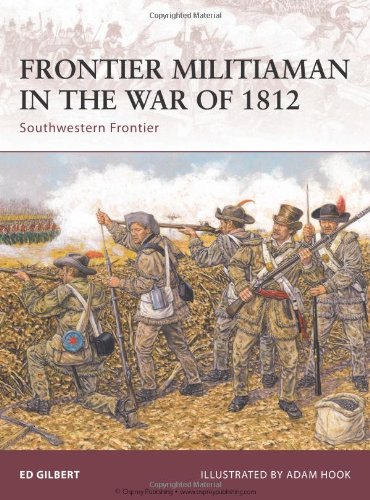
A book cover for Frontier Militiaman in the War of 1812: Southwestern Frontier (Warrior); Ed Gilbert; History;